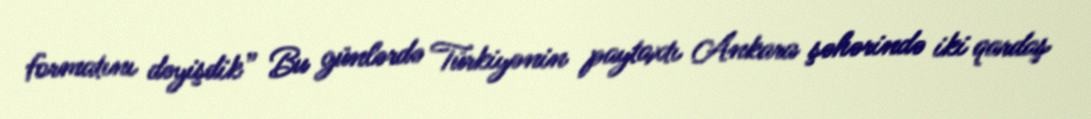
formatını dəyişdik” Bu günlərdə Türkiyənin paytaxtı Ankara şəhərində iki qardaş